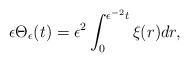
\begin{align*}\begin{aligned}\epsilon \Theta_{\epsilon}(t)=\epsilon^{2}\int^{\epsilon^{-2}t}_{0}\xi(r)dr,\end{aligned}\end{align*}